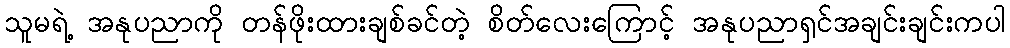
သူမရဲ့ အနုပညာကို တန်ဖိုးထားချစ်ခင်တဲ့ စိတ်လေးကြောင့် အနုပညာရှင်အချင်းချင်းကပါ